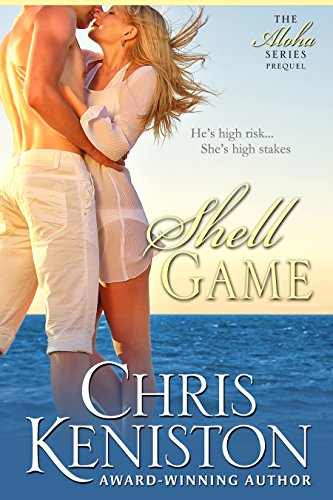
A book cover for Shell Game: Navy SEAL "Brooklyn" (Aloha Series Book 7); Chris Keniston; Romance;